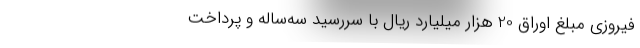
فیروزی مبلغ اوراق 20 هزار میلیارد ریال با سررسید سه‌ساله و پرداخت